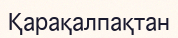
Қарақалпақтан